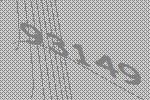
93149